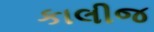
કાલીજ